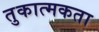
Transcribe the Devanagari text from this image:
तुकात्मकता